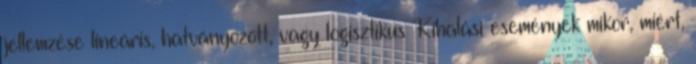
jellemzése lineáris, hatványozott, vagy logisztikus Kihalási események mikor, miért,